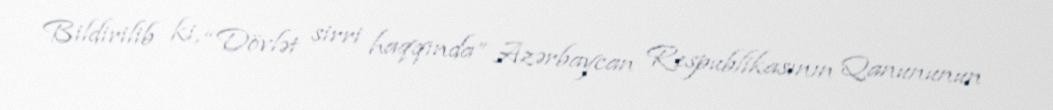
Bildirilib ki, “Dövlət sirri haqqında” Azərbaycan Respublikasının Qanununun